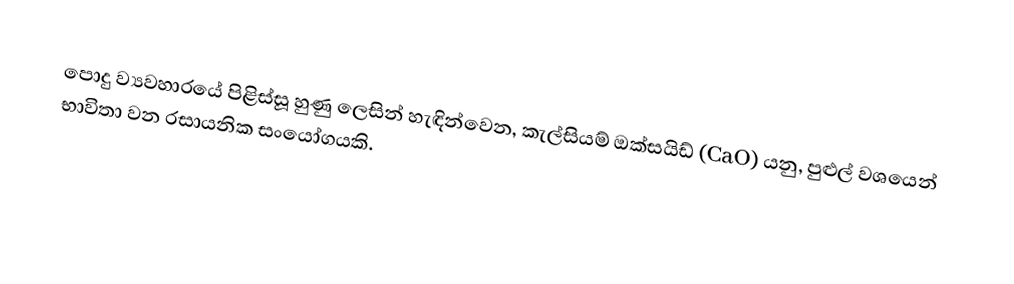
පොදු ව්‍යවහාරයේ පිළිස්සූ හුණු ලෙසින් හැඳින්වෙන, කැල්සියම් ඔක්සයිඩ් (CaO) යනු, පුළුල් වශයෙන් භාවිතා වන රසායනික සංයෝගයකි.